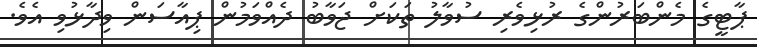
ޕާޓީގެ މެންބަރުންގެ ރުޅިވެރި ސުވާލު ތަކަށް ޖަވާބު ދެއްވަމުން ޕިއާސަން ވިދާޅުވި އެވެ.